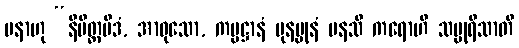
ပနာဟု “နိမိတ္တမိဒံ, အာဝုသော, ကမ္မဋ္ဌာနံ ပုနပ္ပုနံ မနသိ ကရောဟိ သပ္ပုရိသာတိ